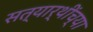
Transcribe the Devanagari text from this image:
सत्यार्थींच्या